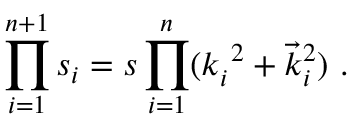
\prod _ { i = 1 } ^ { n + 1 } s _ { i } = s \prod _ { i = 1 } ^ { n } ( k _ { i } ^ { ~ 2 } + \vec { k } _ { i } ^ { 2 } ) ~ .